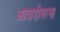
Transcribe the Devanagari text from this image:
आघाडीवरचा